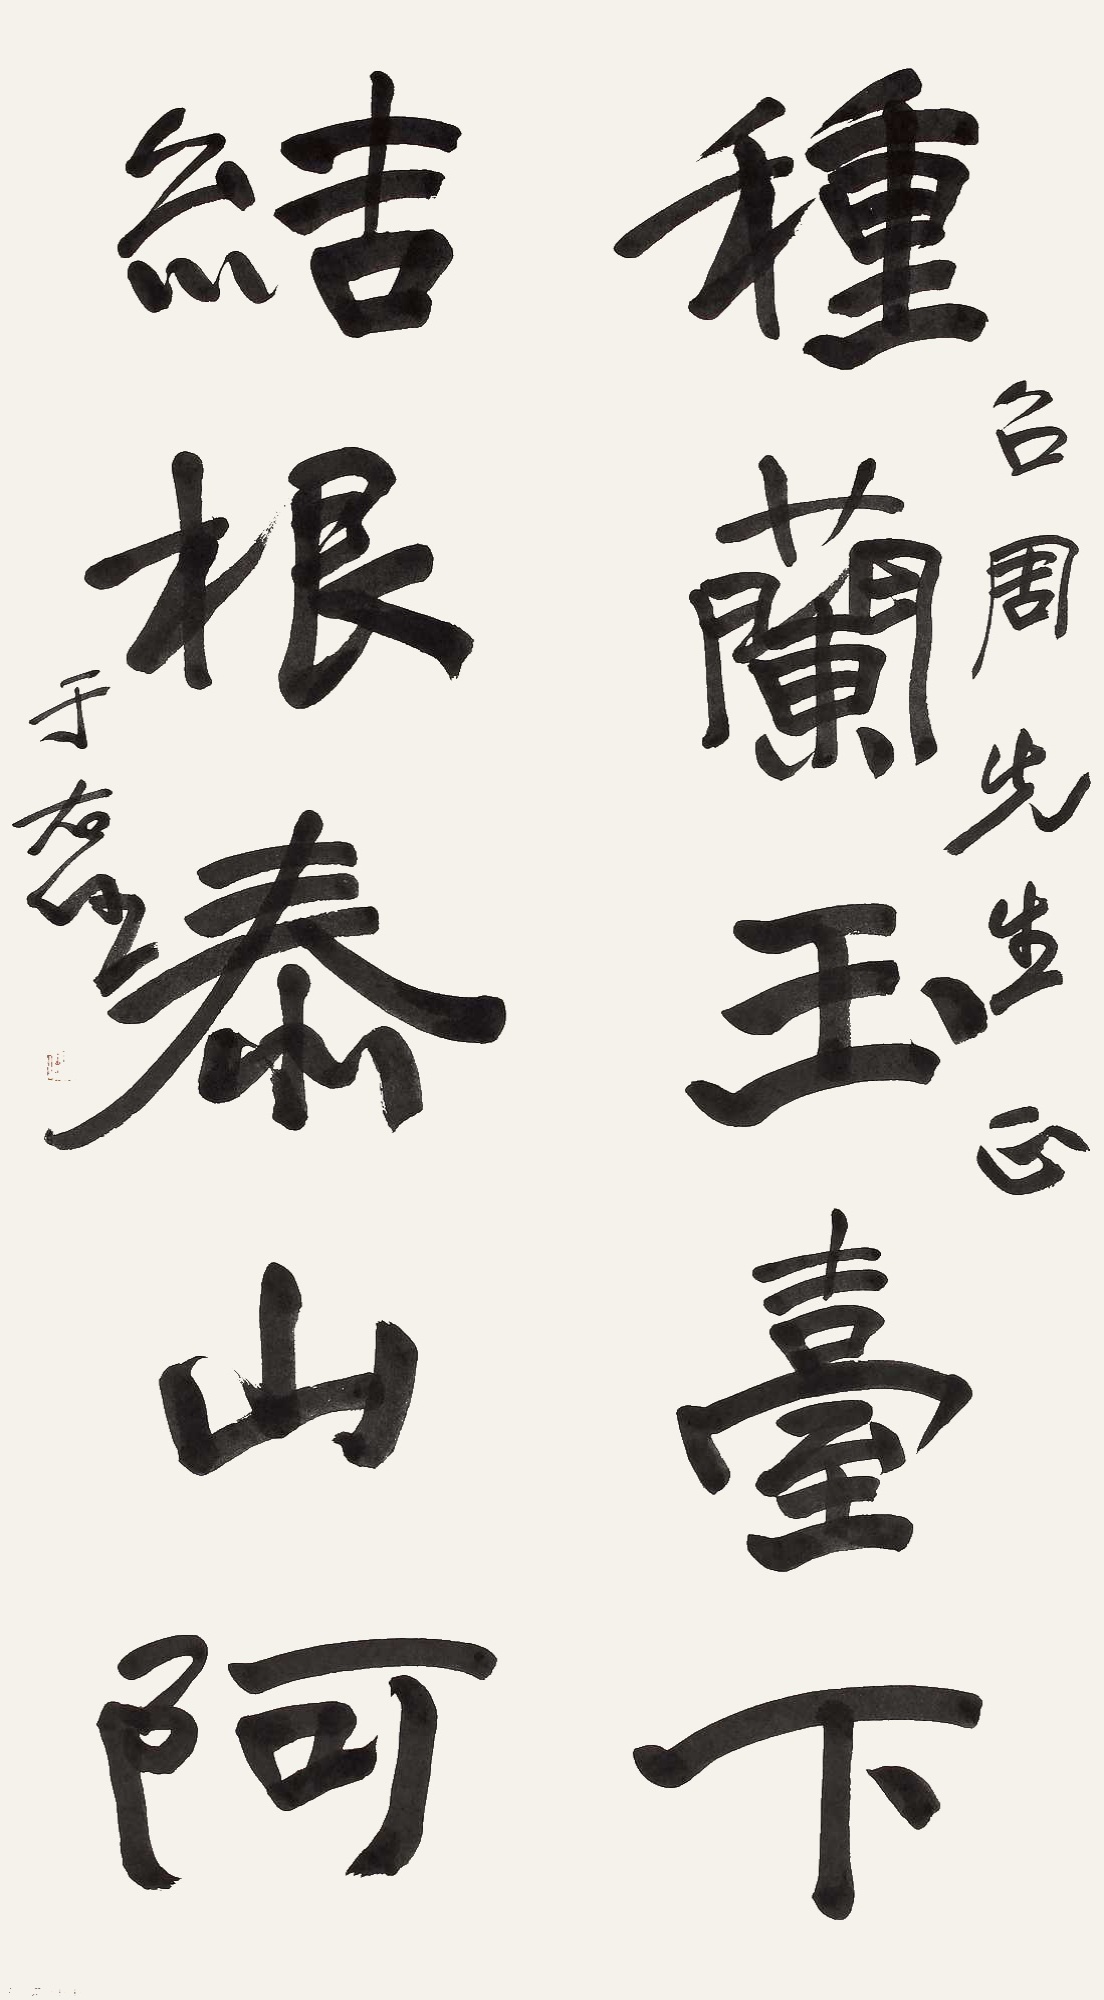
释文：种兰玉台下，结根泰山阿。召周先生正，于右任。